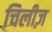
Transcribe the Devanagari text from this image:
चिलीज़